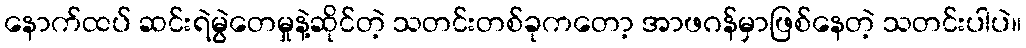
နောက်ထပ် ဆင်းရဲမွဲတေမှုနဲ့ဆိုင်တဲ့ သတင်းတစ်ခုကတော့ အာဖဂန်မှာဖြစ်နေတဲ့ သတင်းပါပဲ။